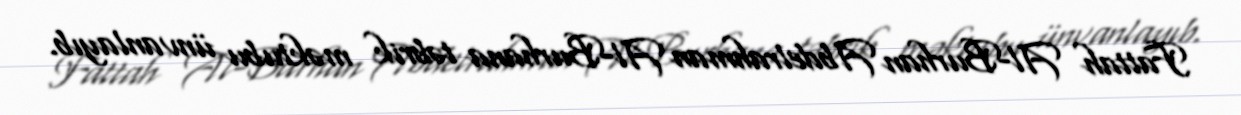
Fattah Al-Burhan Abdelrahman Al-Burhana təbrik məktubu ünvanlayıb.